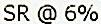
SR @ 6%